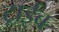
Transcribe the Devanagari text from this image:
ट्राईब